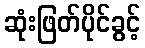
ဆုံးဖြတ်ပိုင်ခွင့်